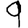
Digit: 9